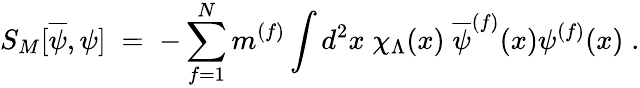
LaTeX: S_{M}[\overline{{{\psi}}},\psi]\; =\; -\sum_{f=1}^{N}m^{(f)}\int d^{2}x\; \chi_{\Lambda}(x)\; \overline{{{\psi}}}^{(f)}(x)\psi^{(f)}(x)\; .